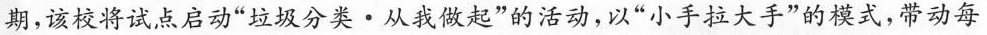
期，该校将试，点启动”垃圾分类·从我做起”的活动，以”小手拉大手”的模式，带动每